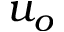
u _ { o }